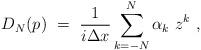
LaTeX: \begin{align*}D_N(p) \ = \ {1\over i \Delta x} \sum_{k=-N}^{N} \alpha_k \ z^k\ ,\end{align*}